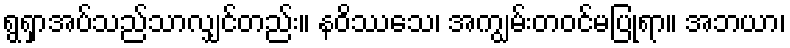
ရွရှာအပ်သည်သာလျှင်တည်း။ နဝိဿသေ၊ အကျွမ်းတဝင်မပြုရာ။ အဘယာ၊